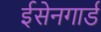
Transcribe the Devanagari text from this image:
ईसेनगार्ड